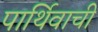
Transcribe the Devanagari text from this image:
पार्थिवाची